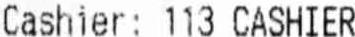
CASHIER: 113 CASHIER